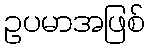
ဥပမာအဖြစ်